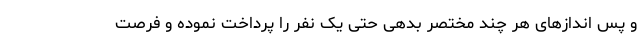
و پس اندازهای هر چند مختصر بدهی حتی یک نفر را پرداخت نموده و فرصت